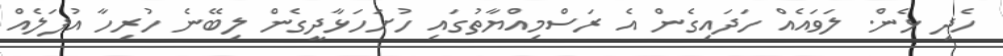
ހެދި ޅެން. ލަވައެއް ހަދައިގެން އެ ރަސްމިއްޔާތުގައި ހުށަހަޅާދީގެން ލިބޭނެ ހުރިހާ އުފަލެއް